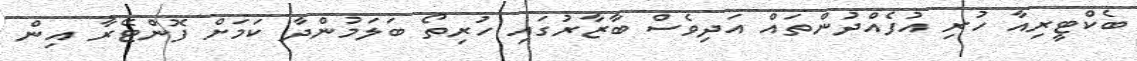
ބެކްޓީރިއާ ހުރި އުފެއްދުންތައް އަދިވެސް ބާޒާރުގައި ހުރިތޯ ބަލަމުންދާ ކަމަށް ފޮންޓޭރާ އިން